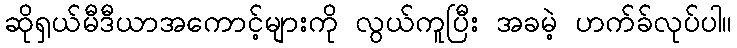
ဆိုရှယ်မီဒီယာအကောင့်များကို လွယ်ကူပြီး အခမဲ့ ဟက်ခ်လုပ်ပါ။